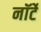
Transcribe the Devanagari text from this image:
नॉर्टे